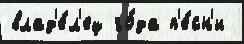
влад'е́л'ец го́да п'е́сн'и